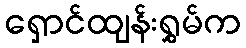
ရှောင်ထျန်းရွှမ်က